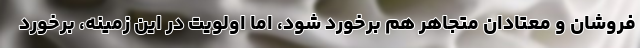
فروشان و معتادان متجاهر هم برخورد شود، اما اولویت در این زمینه، برخورد